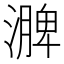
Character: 𪷗